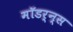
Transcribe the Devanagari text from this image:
मॉडर्न्स